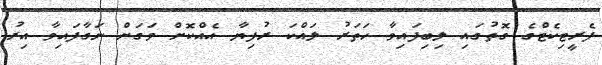
ފެރީޓިކެޓްގެ ގޮތުގައި ލިބިފައިވާ ހަތަރު ލައްކަ ރުފިޔާ އެއްކޮށް ވަގަށް ނަގާފައިވާ އިރު